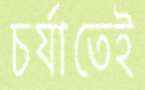
চর্যাতেই